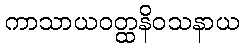
ကာသာယဝတ္ထနိဝသနာယ